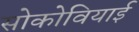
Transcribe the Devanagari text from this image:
सोकोवियाई